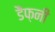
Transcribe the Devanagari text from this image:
डैफ़नी